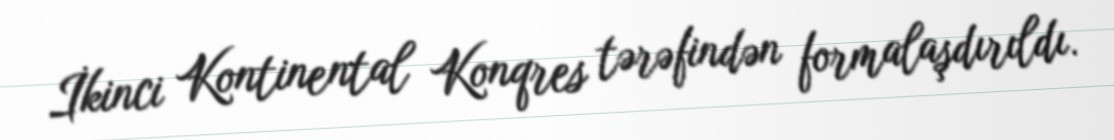
İkinci Kontinental Konqres tərəfindən formalaşdırıldı.